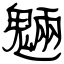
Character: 魎